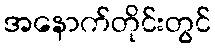
အနောက်တိုင်းတွင်